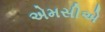
એમસીએ